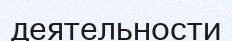
деятельности